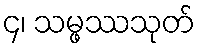
၄၊ သမ္ဖဿသုတ်